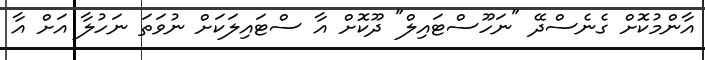
އާންމުކޮށް ގެނެސްދޭ "ނަހޫސްޓައިލް" ދޫކޮށް އާ ސްޓައިލަކަށް ނުވަތަ ނަހުލާ އަށް އާ